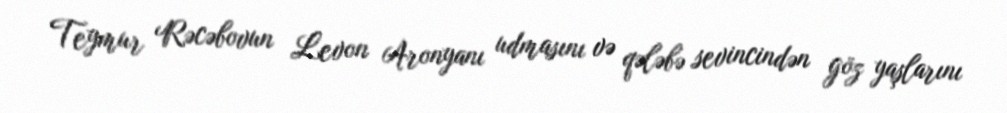
Teymur Rəcəbovun Levon Aronyanı udmasını və qələbə sevincindən göz yaşlarını